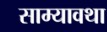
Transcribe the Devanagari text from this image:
साम्यावथा